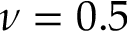
\nu = 0 . 5